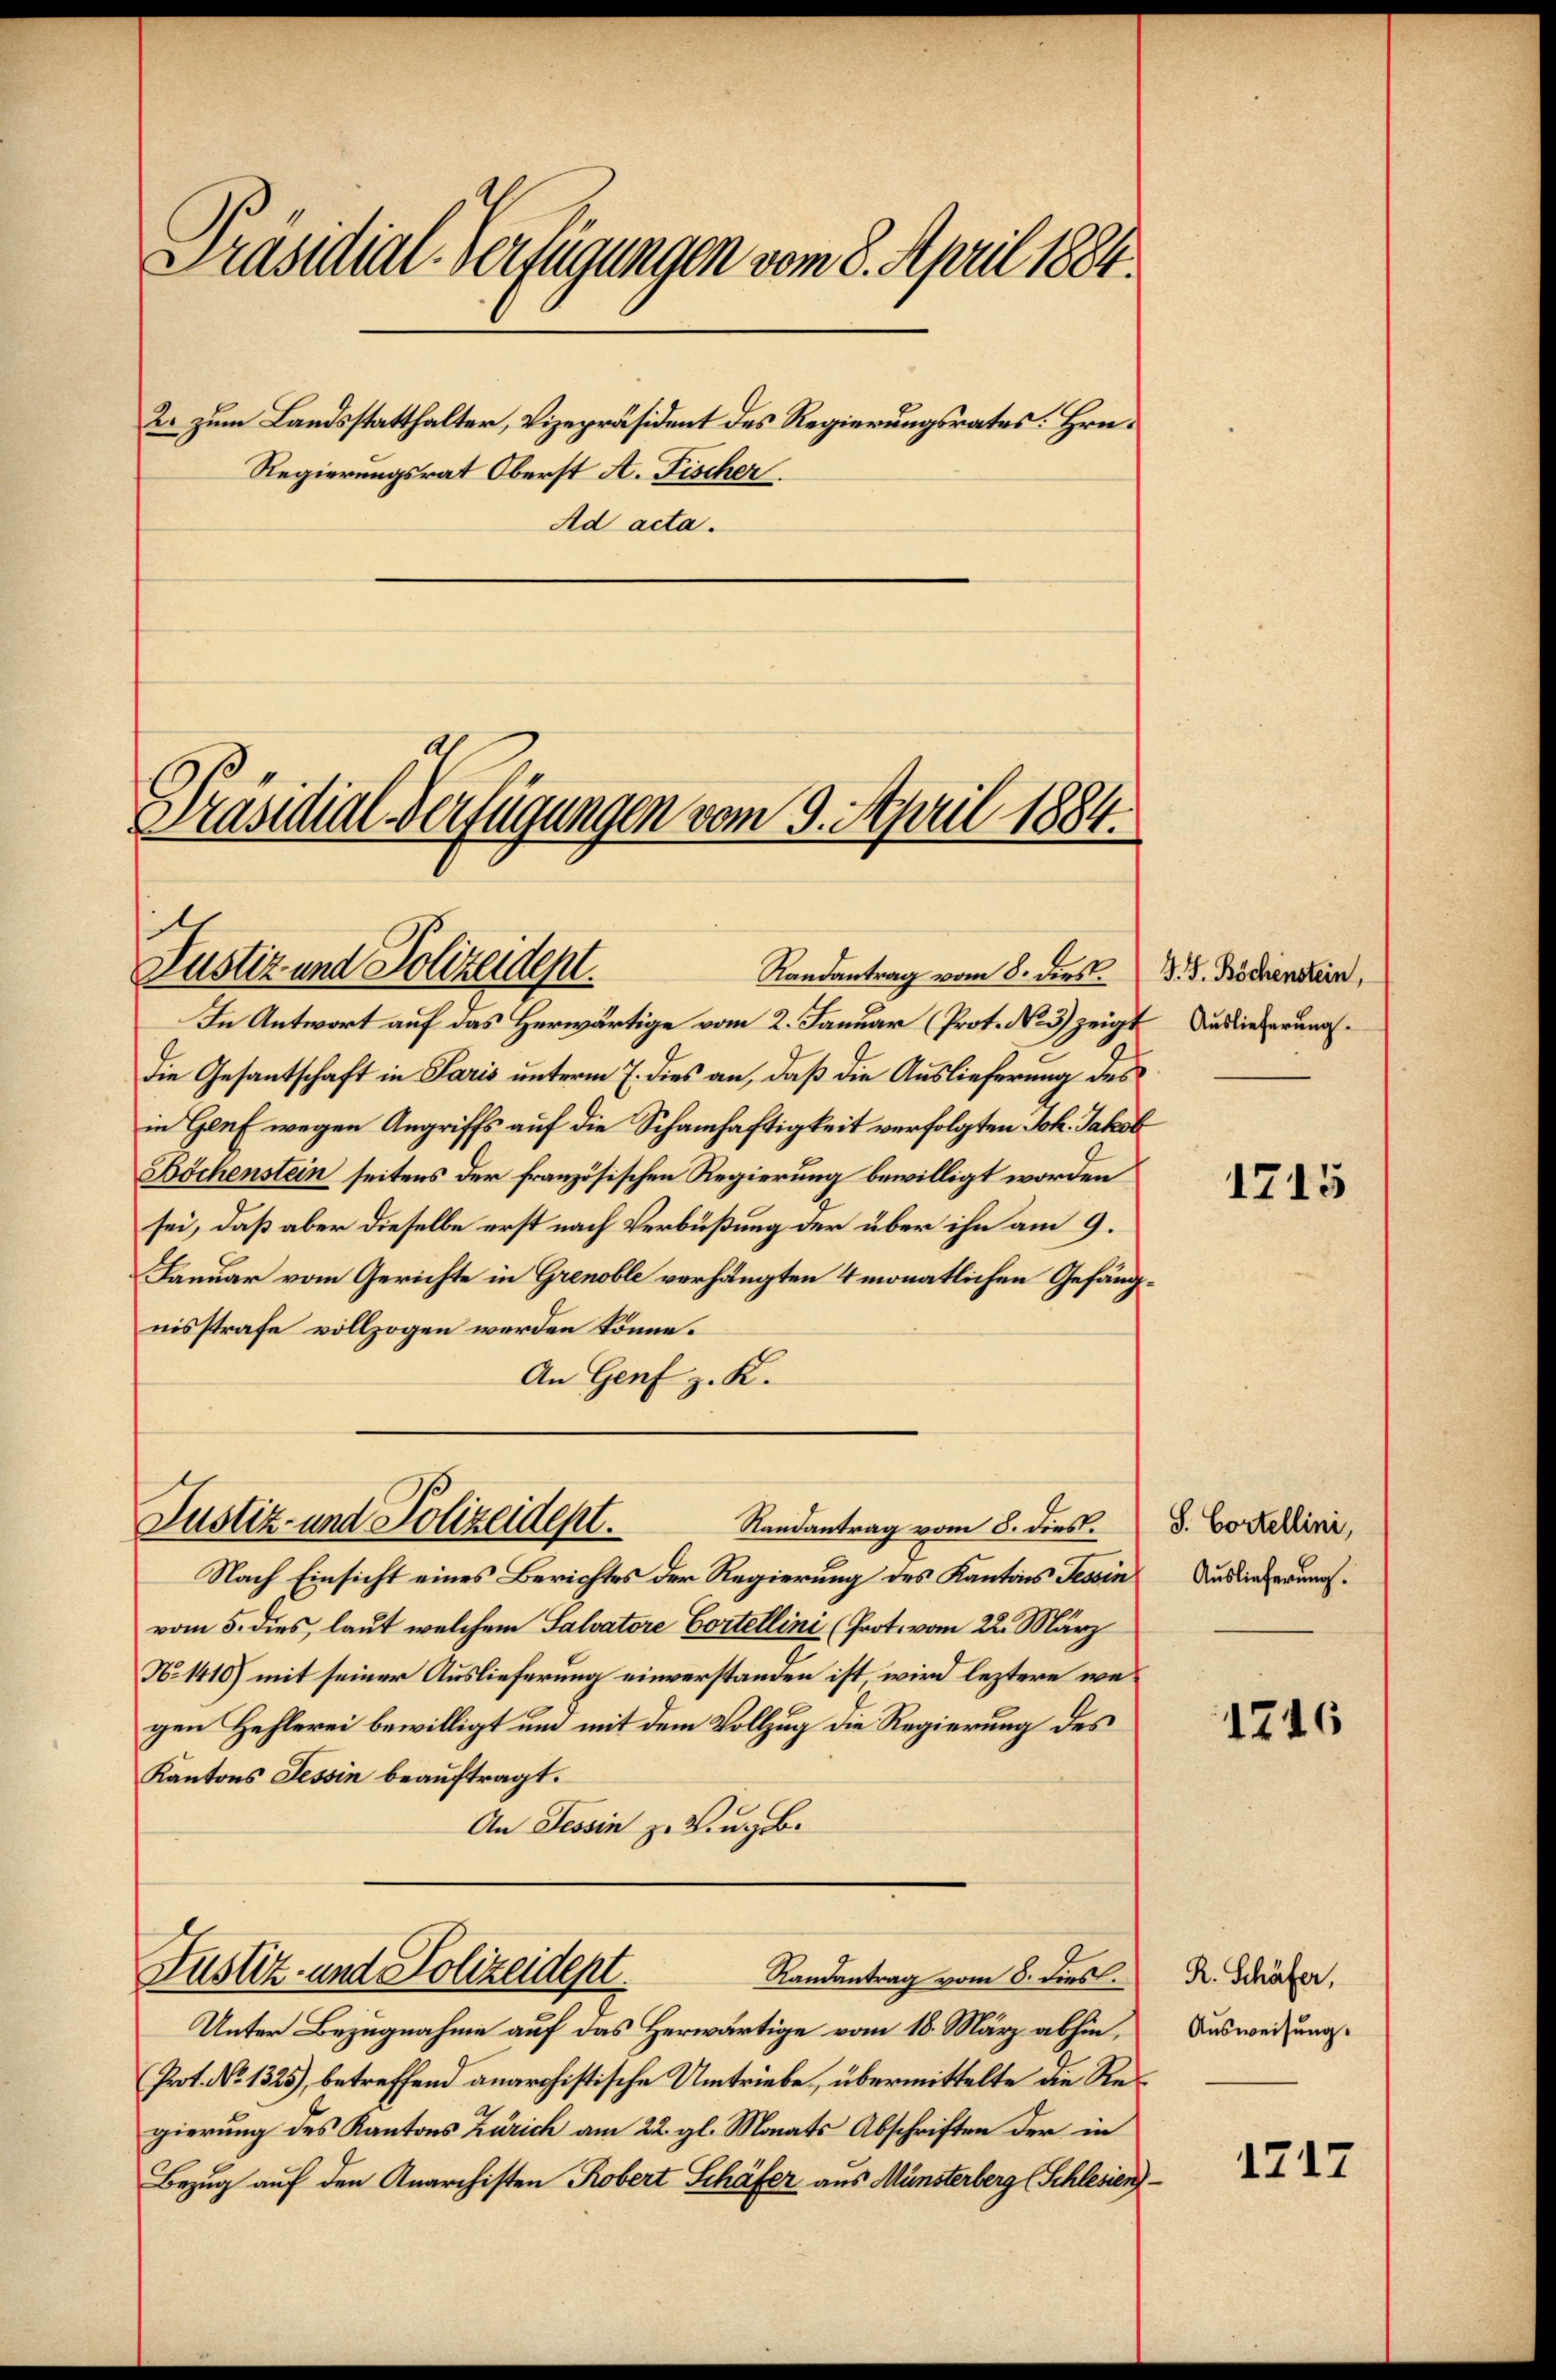
Präsidial-Verfügungen vom 8. April 1884.

Ad acta.

2. zum Landsstatthalter, Vizepräsident des Regierungsrates Hrn.
Regierungsrat Oberst A. Fischer

Präsidial-Verfügungen vom 9. April 1884.

Randantrag vom 8. dies. B. G. Böchenstein,
In Antwort auf das Herwärtige vom 2. Januar (Prot. N. 3) zeigt
die Gesantschaft in Paris unterm 7. dies an, daß die Auslieferung des
in Genf wegen Angriffs auf die Schamhaftigkeit verfolgten Joh. Jakob
Böchenstein seitens der französischen Regierung bewilligt worden
sei, daß aber dieselbe erst nach Verbüßung der über ihn am 9.
Januar vom Gerichte in Grenoble verhängten 4 monatlichen Gefängnisstrafe vollzogen werden könne.
An Genf z. K.

Justiz und Polizeident.

Justiz- und Polizeidept.
Randantrag vom 8. dies.

Justiz- und Polizeident.
Randantrag vom 8. dies.

Nach Einsicht eines Berichtes der Regierung des Kantons Tessin
vom 5. dies, laut welchem Salvatore Cortellini (Prot. vom 22. März
No 1410) mit seiner Auslieferung einverstanden ist wird leztere wegen Hehlerei bewilligt um mit dem Vollzug die Regierung des
Kantons Tessin beauftragt.
An Tessin zu Hingabe

Unter Bezugnahme auf das Herwärtige vom 18. März abhin,
Prot. No 1325), betreffend anarchistische Umtriebe, übermittelte die Regierung des Kantons Zürich am 22. gl. Monats Abschriften der in
Bezug auf den Anarchisten Robert Schäfer aus Münsterberg (Schlesien

Auslieferung.

1715

S. Cortellini,
Auslieferung.

1746

R. Schäfer,
Ausweisung.

1717